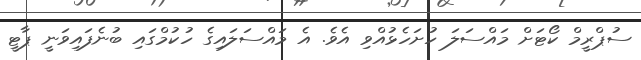
ސުޕްރީމް ކޯޓަށް މައްސަލަ ހުށަހެޅުއްވި އެވެ. އެ މައްސަލައިގެ ހުކުމްގައި ބުނެފައިވަނީ ޕާޓީ